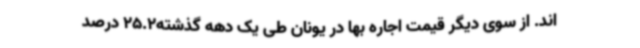
اند. از سوی دیگر قیمت اجاره بها در یونان طی یک دهه گذشته25.2 درصد